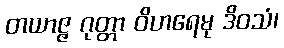
တယာဇ္ဇ ဂုတ္တာ ဝိဟရေမု ဒိဝသံ၊